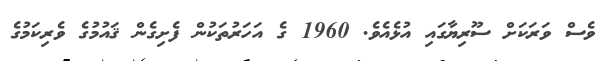
ވެސް ވަރަކަށް ސޫރިޔާގައި އުޅެއެވެ. 1960 ގެ އަހަރުތަކުން ފެށިގެން ޤައުމުގެ ވެރިކަމުގެ